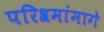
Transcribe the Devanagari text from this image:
परिश्रमांमागे